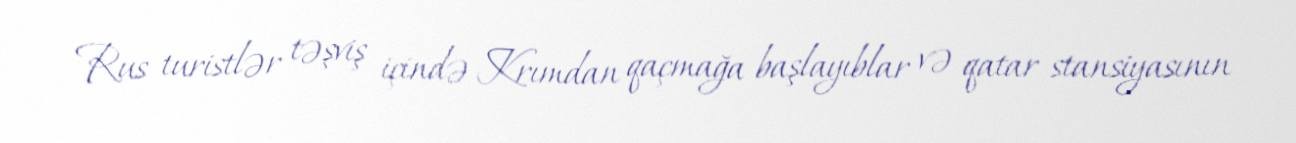
Rus turistlər təşviş içində Krımdan qaçmağa başlayıblar və qatar stansiyasının